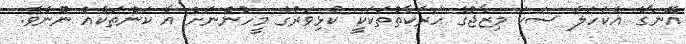
އޭނާގެ އެކަހަލަ ސަކަ މިޒާޖުގެ ހަރަކާތްތަކަކީ ކުޅިވަރުގެ މީހުންނަށް އާ ކަންތަކެއް ނޫނެވެ.